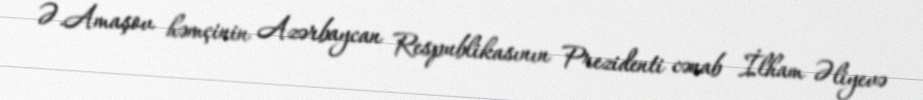
Ə.Amaşov həmçinin Azərbaycan Respublikasının Prezidenti cənab İlham Əliyevə